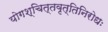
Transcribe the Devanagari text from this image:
योगश्चित्तवृत्तिनिरोधः